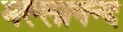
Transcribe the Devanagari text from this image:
मल्लानन्द